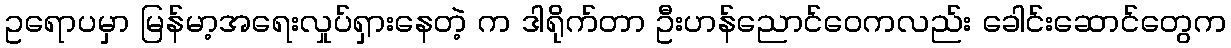
ဥရောပမှာ မြန်မာ့အရေးလှုပ်ရှားနေတဲ့ က ဒါရိုက်တာ ဦးဟန်ညောင်ဝေကလည်း ခေါင်းဆောင်တွေက